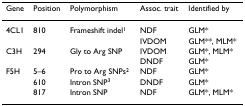
| Gene | Position | Polymorphism | Assoc. trait | Identified by |
 | --- | --- | --- | --- | --- |
 | 4CL1 | 810 | Frameshift indel1 | NDF | GLM* |
 |  |  |  | IVDOM | GLM**, MLM* |
 | C3H | 294 | Gly to Arg SNP | IVDOM | GLM*, MLM* |
 |  |  |  | DNDF | GLM* |
 | F5H | 5–6 | Pro to Arg SNPs2 | NDF | GLM* |
 |  | 610 | Intron SNP3 | DNDF | GLM* |
 |  | 817 | Intron SNP | NDF | GLM*, MLM* |